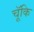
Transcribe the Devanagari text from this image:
चॅूकि